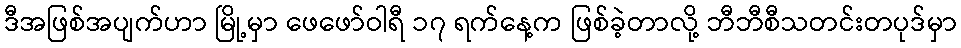
ဒီအဖြစ်အပျက်ဟာ မြို့မှာ ဖေဖော်ဝါရီ ၁၇ ရက်နေ့က ဖြစ်ခဲ့တာလို့ ဘီဘီစီသတင်းတပုဒ်မှာ